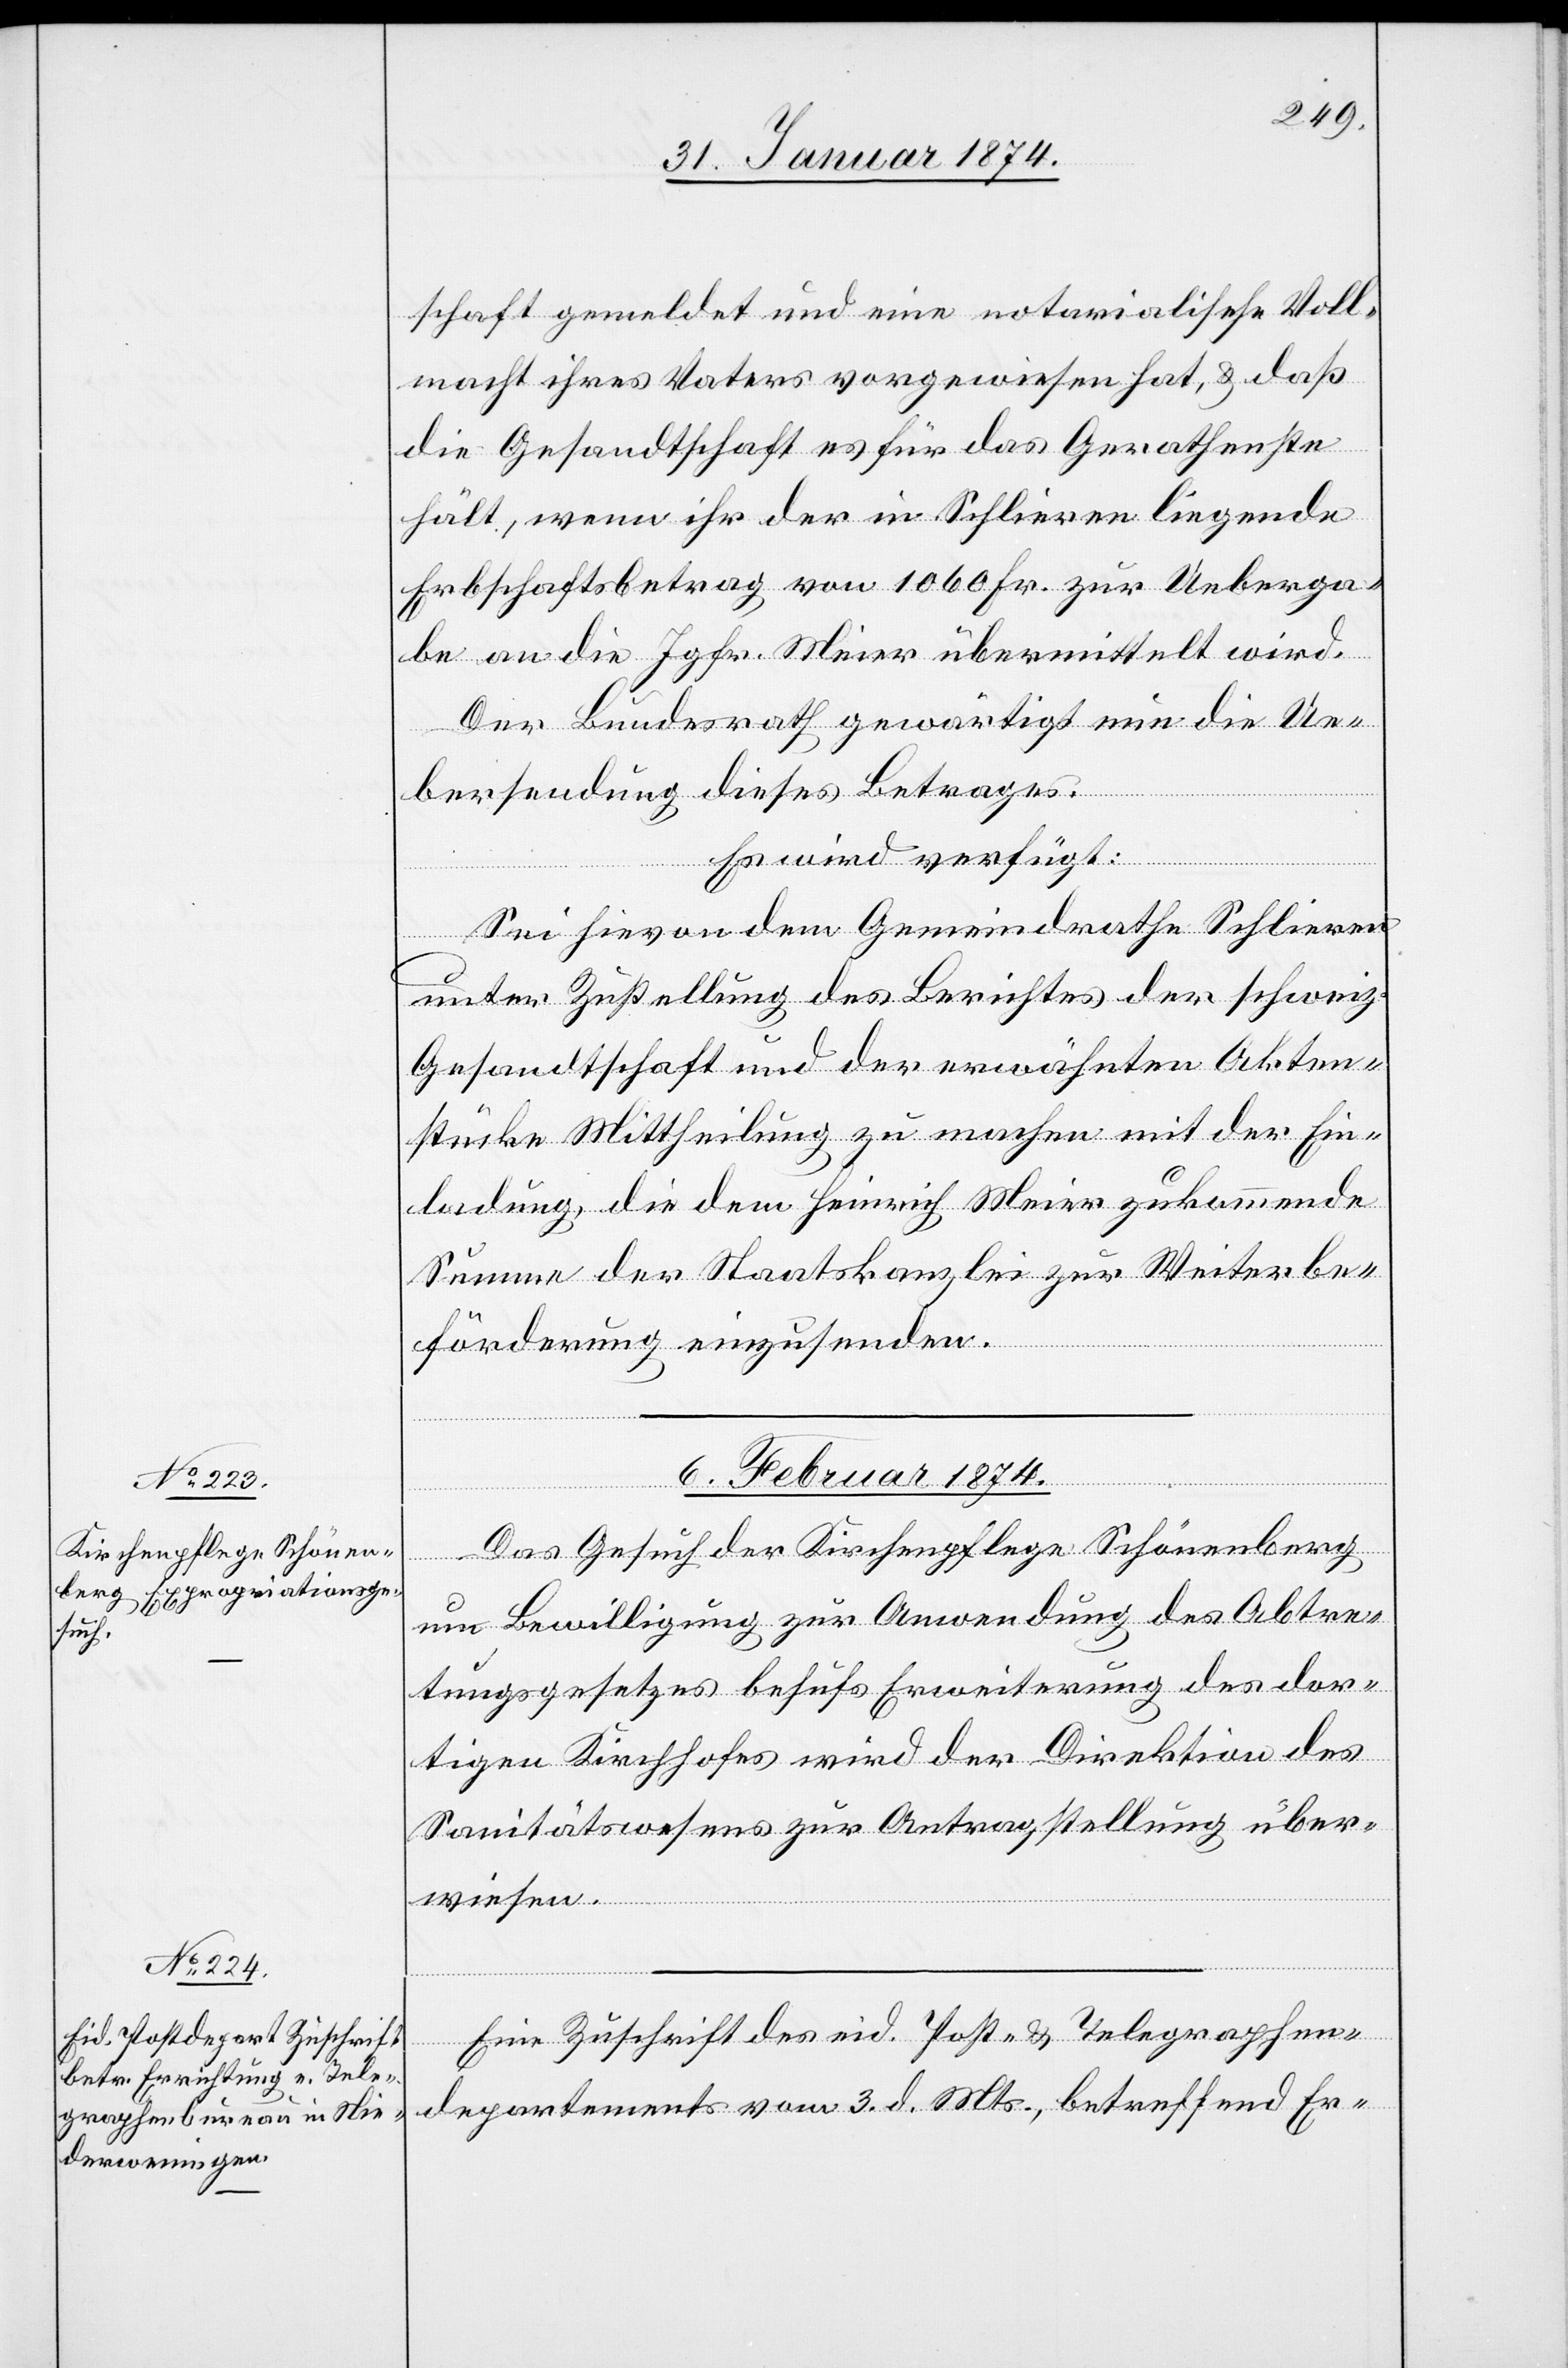
schaft gemeldet und eine notarialische Voll¬
macht ihres Vaters vorgewiesen hat, u. daß
die Gesandtschaft es für das Gerathenste
hält, wenn ihr der in Schlieren liegende
Erbschaftsbetrag von 1060 Fr. zur Ueberga¬
be an die Jgfr. Meier übermittelt wird.
Der Bundesrath gewärtigt nun die Ue¬
bersendung dieses Betrages.
Es wird verfügt:
Sei hievon dem Gemeindrath Schlieren
unter Zustellung des Berichtes der schweiz.
Gesandtschaft und der erwähnten Akten¬
stücke Mittheilung zu machen mit der Ein¬
ladung, die dem Heinrich Meier zukommende
Summe der Staatskanzlei bis zur Weiterbe¬
förderung einzusenden.
6. Februar 1874.]
Das Gesuch der Kirchenpflege Schönenberg
um Bewilligung zur Anwendung des Abtre¬
tungsgesetzes behufs Erweiterung des dor¬
tigen Kirchhofes wird der Direktion des
Sanitätswesens zur Antragstellung über¬
wiesen.
Eine Zuschrift des eid. Post- u. Telegraphen¬
departements vom 3. d. Mts., betreffend Er-